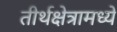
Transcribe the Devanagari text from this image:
तीर्थक्षेत्रामध्ये